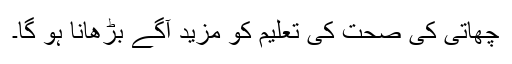
چھاتی کی صحت کی تعلیم کو مزید آگے بڑھانا ہو گا۔